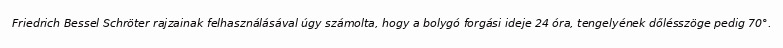
Friedrich Bessel Schröter rajzainak felhasználásával úgy számolta, hogy a bolygó forgási ideje 24 óra, tengelyének dőlésszöge pedig 70°.